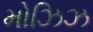
મોઝિઝ